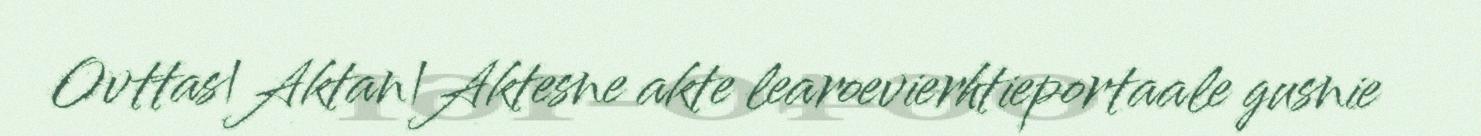
Ovttas|Aktan|Aktesne akte learoevierhtieportaale gusnie